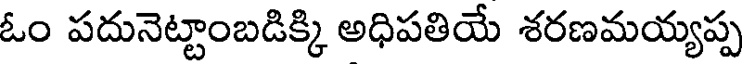
ఓం పదునెట్టాంబడిక్కి అధిపతియే శరణమయ్యప్ప